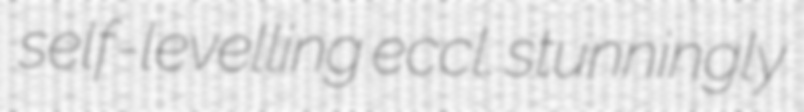
self-levelling eccl. stunningly